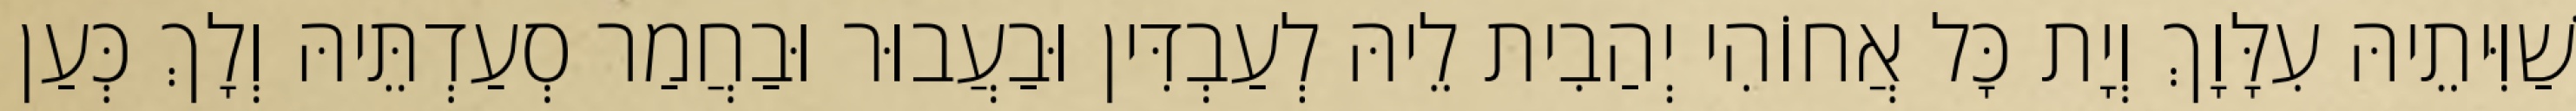
שַׁוִּיתֵיהּ עִלָּוָךְ וְיָת כָּל אֲחוֹהִי יְהַבִית לֵיהּ לְעַבְדִּין וּבַעֲבוּר וּבַחֲמַר סְעַדְתֵּיהּ וְלָךְ כְּעַן